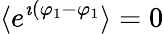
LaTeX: \langle e^{\imath(\varphi_{1}-\varphi_{1}}\rangle=0